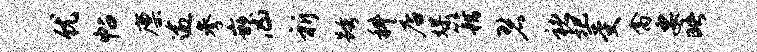
优帖廪逾参嵌凶祈跨科店媒籍碧褚圯受禽要晤